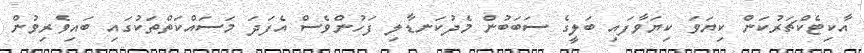
އާކިޓެކްޗަރުކަން ކިޔަވަ ކިޔަވާފައި ބަލީގެ ސަބަބުން މެދުކަނޑާލި ފަހުންވެސް އެފަދަ މަސައްކަތްތަކުގައި ބައިވެރިވުން